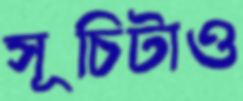
সূচিটাও